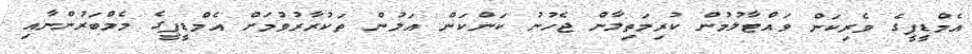
އެމްޑީޕީގެ ވެރިކަން ވައްޓާލުމުން ކުރިމަތިލާން ޖެހުނު ކަންކަން އަލުން ތަކުރާރުވުމަށް އެމްޑީޕީގެ މެމްބަރުންނާއި